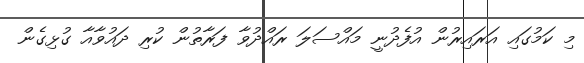
މި ކަމުގައި އަރައިރުން އުފެދުނީ މައްސަލަ ރައްދުވާ ފަރާތުން ކުރި ދައުވާއާ ގުޅިގެން